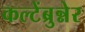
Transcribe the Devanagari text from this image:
कल्टेंब्रुन्नेर